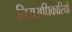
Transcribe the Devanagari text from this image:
नियअधिकारियों